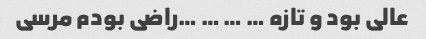
عالی بود و تازه … … … …راضی بودم مرسی